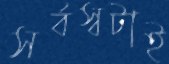
সর্বস্বটাই